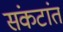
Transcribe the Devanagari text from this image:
संकटांत